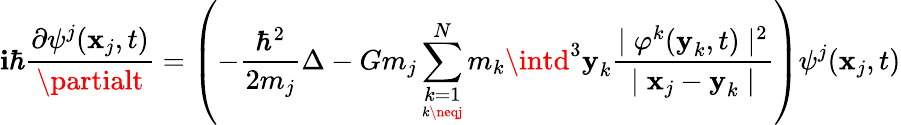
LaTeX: \mathbf{i}\hbar\frac{{\partial\psi^{j}(\textbf{{x}}_{j},t)}}{{\partialt}}=\left(-\frac{{\hbar^{2}}}{{2m_{j}}}\Delta-Gm_{j}\sum_{\underset{k\neqj}{k=1}}^{N}m_{k}\intd^{3}\textbf{{y}}_{k}\frac{{\mid\varphi^{k}(\textbf{{y}}_{k},t)\mid^{2}}}{{\mid\textbf{{x}}_{j}-\textbf{{y}}_{k}\mid}}\right)\psi^{j}(\textbf{{x}}_{j},t)